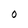
Character: O